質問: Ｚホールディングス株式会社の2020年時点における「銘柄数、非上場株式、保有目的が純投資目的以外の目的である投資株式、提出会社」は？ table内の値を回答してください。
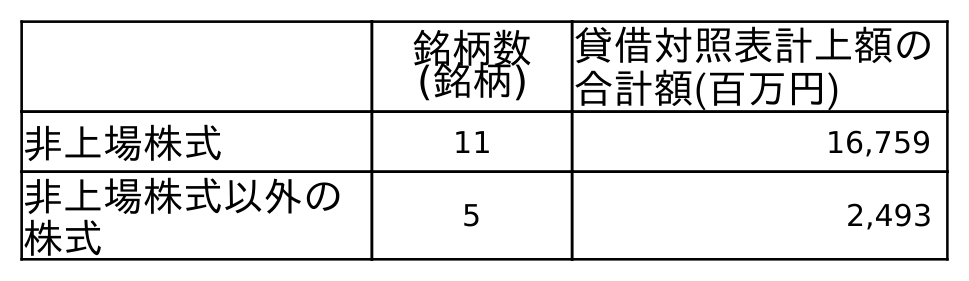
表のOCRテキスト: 銘柄数 (銘柄) 貸借対照表計上額の 合計額(百万円) 非上場株式 11 16,759 非上場株式以外の 株式 5 2,493
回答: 11